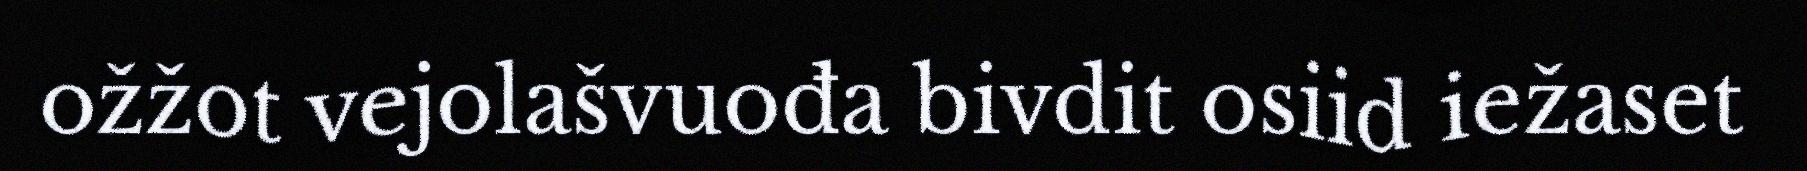
ožžot vejolašvuođa bivdit osiid iežaset